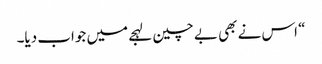
“ اس نے بھی بے چین لہجے میں جواب دیا۔